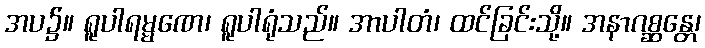
အပ၌။ ရူပါရမ္မဏေ၊ ရူပါရုံသည်။ အာပါတံ၊ ထင်ခြင်းသို့။ အနာဂစ္ဆန္တေ၊